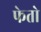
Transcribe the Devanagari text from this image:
फेतो